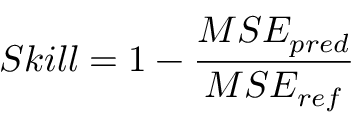
S k i l l = 1 - \frac { M S E _ { p r e d } } { M S E _ { r e f } }